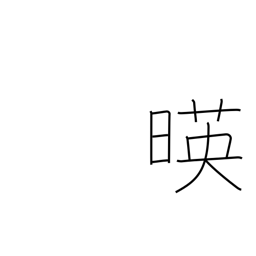
Meaning: sun beginning decline